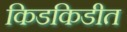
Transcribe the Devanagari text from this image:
किडकिडीत